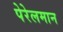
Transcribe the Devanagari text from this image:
पेरेलमान